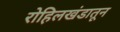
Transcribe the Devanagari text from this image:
रोहिलखंडातून